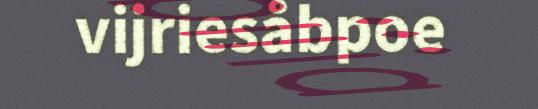
vijriesåbpoe